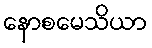
နောစမေသိယာ